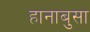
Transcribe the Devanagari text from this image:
हानाबुसा